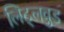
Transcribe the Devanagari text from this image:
लिट्लवुड